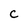
Character: C